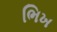
ભિખ